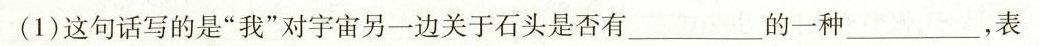
(1)这句话写的是”我”对宇宙另一边关于石头是否有___的-种___，表